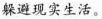
躲避现实生活。